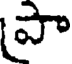
పా